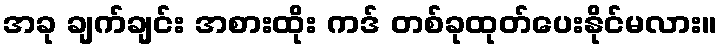
အခု ချက်ချင်း အစားထိုး ကဒ် တစ်ခုထုတ်ပေးနိုင်မလား။